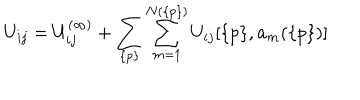
U _ { i j } = U _ { i j } ^ { ( \infty ) } + \sum _ { \{ p \} } \sum _ { m = 1 } ^ { N ( \{ p \} ) } U _ { i j } [ \{ p \} , { \bf a } _ { m } ( \{ p \} ) ]